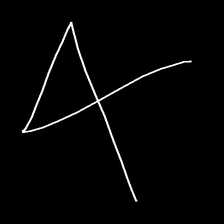
Glyph: collection